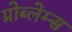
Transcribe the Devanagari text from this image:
प्रोब्लेम्स